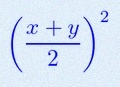
\left(\frac{x+y}{2}\right)^2